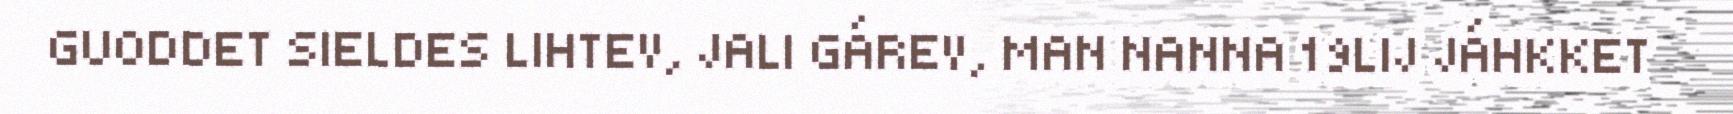
GUODDET SIELDES LIHTEV, JALI GÁREV, MAN NANNA 19LIJ JÁHKKET